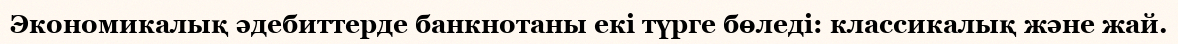
Экономикалық әдебиттерде банкнотаны екі түрге бөледі: классикалық және жай.